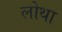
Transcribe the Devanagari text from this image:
लोथा